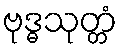
ဗုဒ္ဓသုတ္တံ